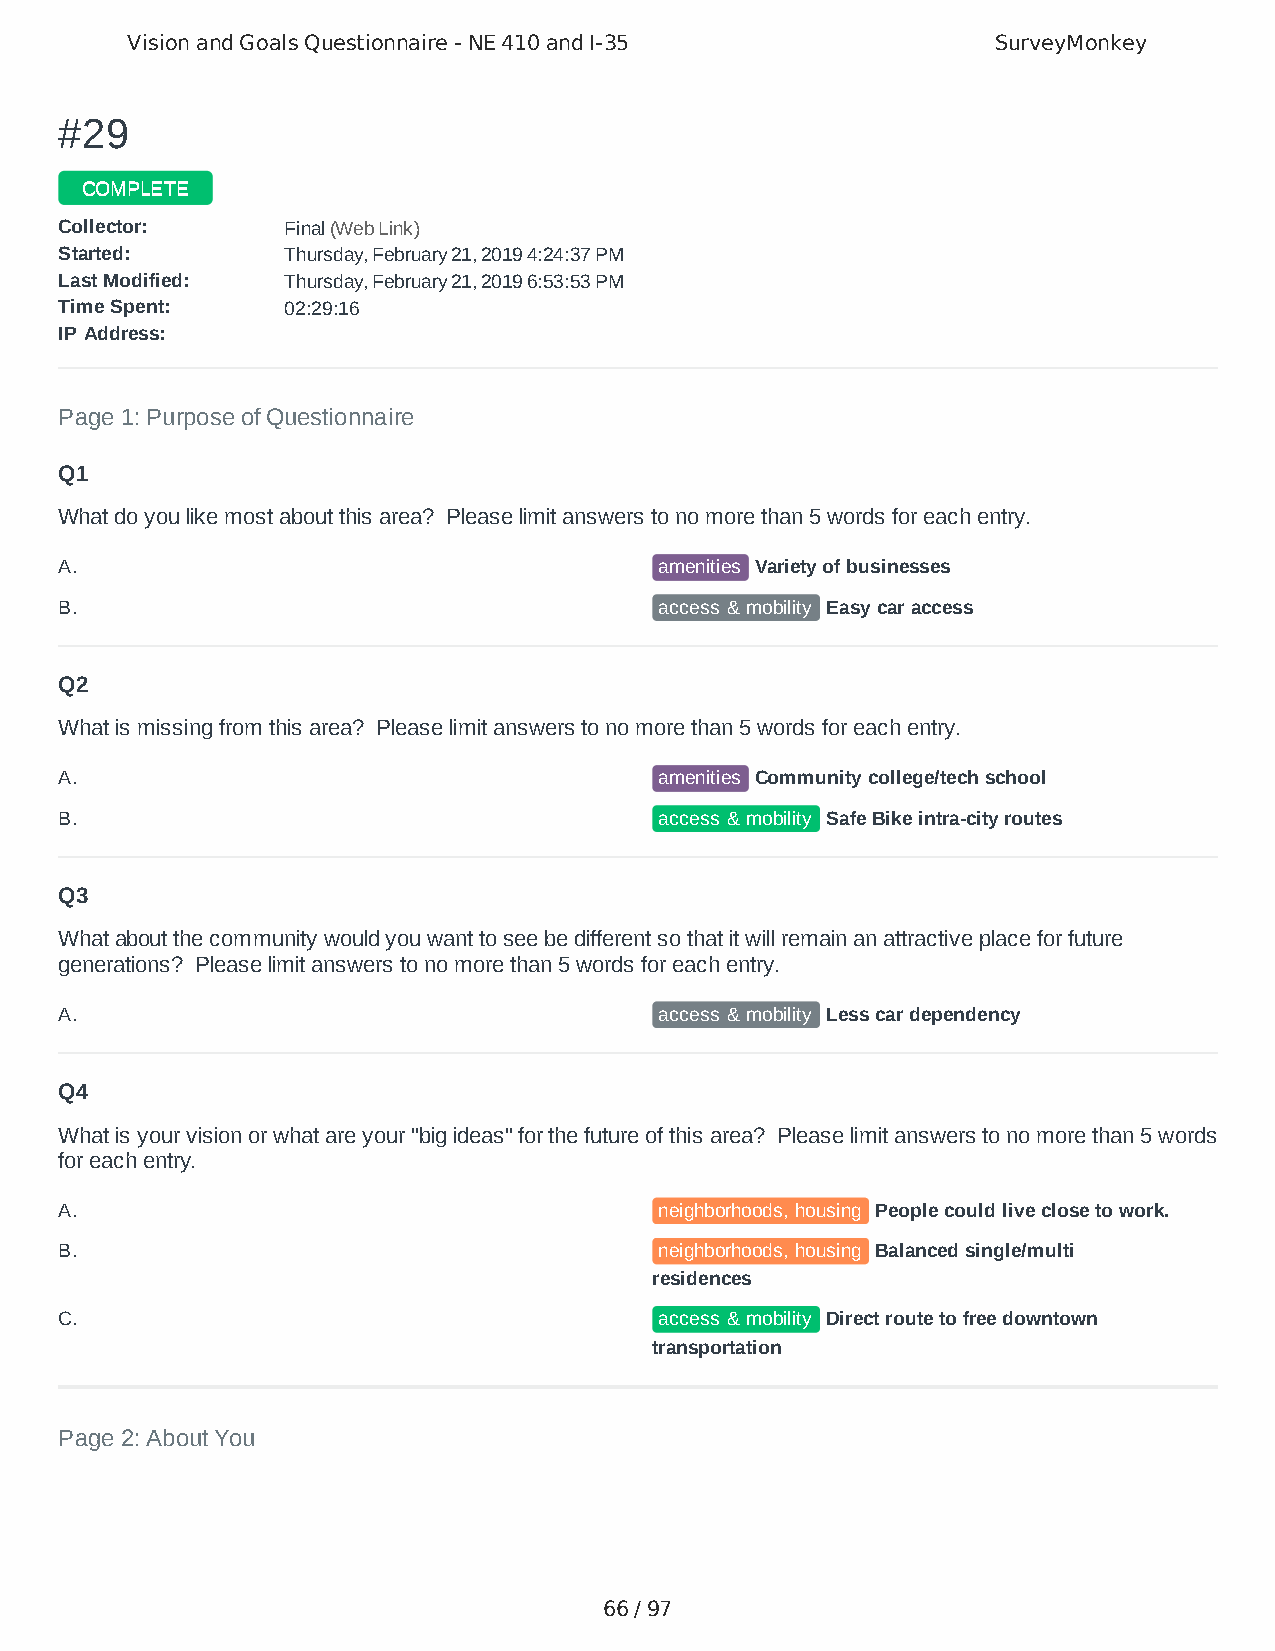
Vision and Goals Questionnaire - NE 410 and I-35          SurveyMonkey
 ##2299
 CCOOMMPPLLEETTEE
 CCoolllleeccttoorr:: FFiinnaall ((WWeebb LLiinnkk))
 SSttaarrtteedd:: TThhuurrssddaayy,, FFeebbrruuaarryy 2211,, 22001199 44::2244::3377 PPMM
 LLaasstt MMooddiiffiieedd:: TThhuurrssddaayy,, FFeebbrruuaarryy 2211,, 22001199 66::5533::5533 PPMM
 TTiimmee SSppeenntt:: 0022::2299::1166
 IIPP AAddddrreessss::
 Page 1: Purpose of Questionnaire
 Q1
 What do you like most about this area? Please limit answers to no more than 5 words for each entry.
 A.                                      amenities Variety of businesses
 B.                                      access & mobility Easy car access
 Q2
 What is missing from this area? Please limit answers to no more than 5 words for each entry.
 A.                                      amenities Community college/tech school
 B.                                      access & mobility Safe Bike intra-city routes
 Q3
 What about the community would you want to see be different so that it will remain an attractive place for future
 generations? Please limit answers to no more than 5 words for each entry.
 A.                                      access & mobility Less car dependency
 Q4
 What is your vision or what are your "big ideas" for the future of this area? Please limit answers to no more than 5 words
 for each entry.
 A.                                      neighborhoods, housing People could live close to work.
 B.                                      neighborhoods, housing Balanced single/multi
 residences
 C.                                      access & mobility Direct route to free downtown
 transportation
 Page 2: About You
 66 / 97